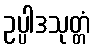
ဥပ္ပါဒသုတ္တံ